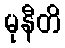
မုနီတိ